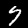
Digit: 7